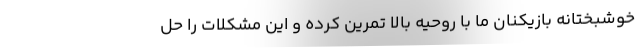
خوشبختانه بازیکنان ما با روحیه بالا تمرین کرده و این مشکلات را حل